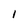
Character: 1